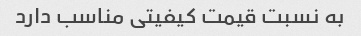
به نسبت قیمت کیفیتی مناسب دارد